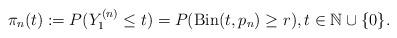
LaTeX: \begin{align*}\pi_n(t):=P(Y^{(n)}_1\leq t)=P(\mathrm{Bin}(t,p_n)\geq r),t\in\mathbb N\cup\{0\}.\end{align*}